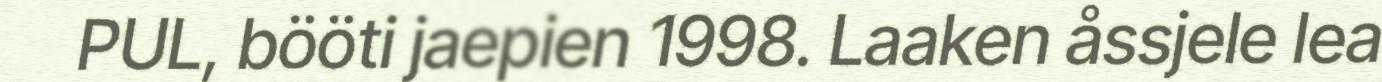
PUL, bööti jaepien 1998. Laaken åssjele lea